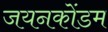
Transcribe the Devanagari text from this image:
जयनकोंडम